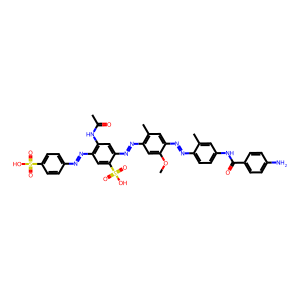
SMILES: COc1cc(N=Nc2cc(NC(C)=O)c(N=Nc3ccc(S(=O)(=O)O)cc3)cc2S(=O)(=O)O)c(C)cc1N=Nc1ccc(NC(=O)c2ccc(N)cc2)cc1C
Inhibits HIV replication: Yes